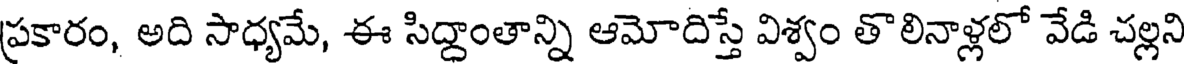
ప్రకారం, అది సాధ్యమే, ఈ సిద్దాంతాన్ని ఆమోదిస్తే విశ్వం తొలినాళ్లలో వేడి చల్లని